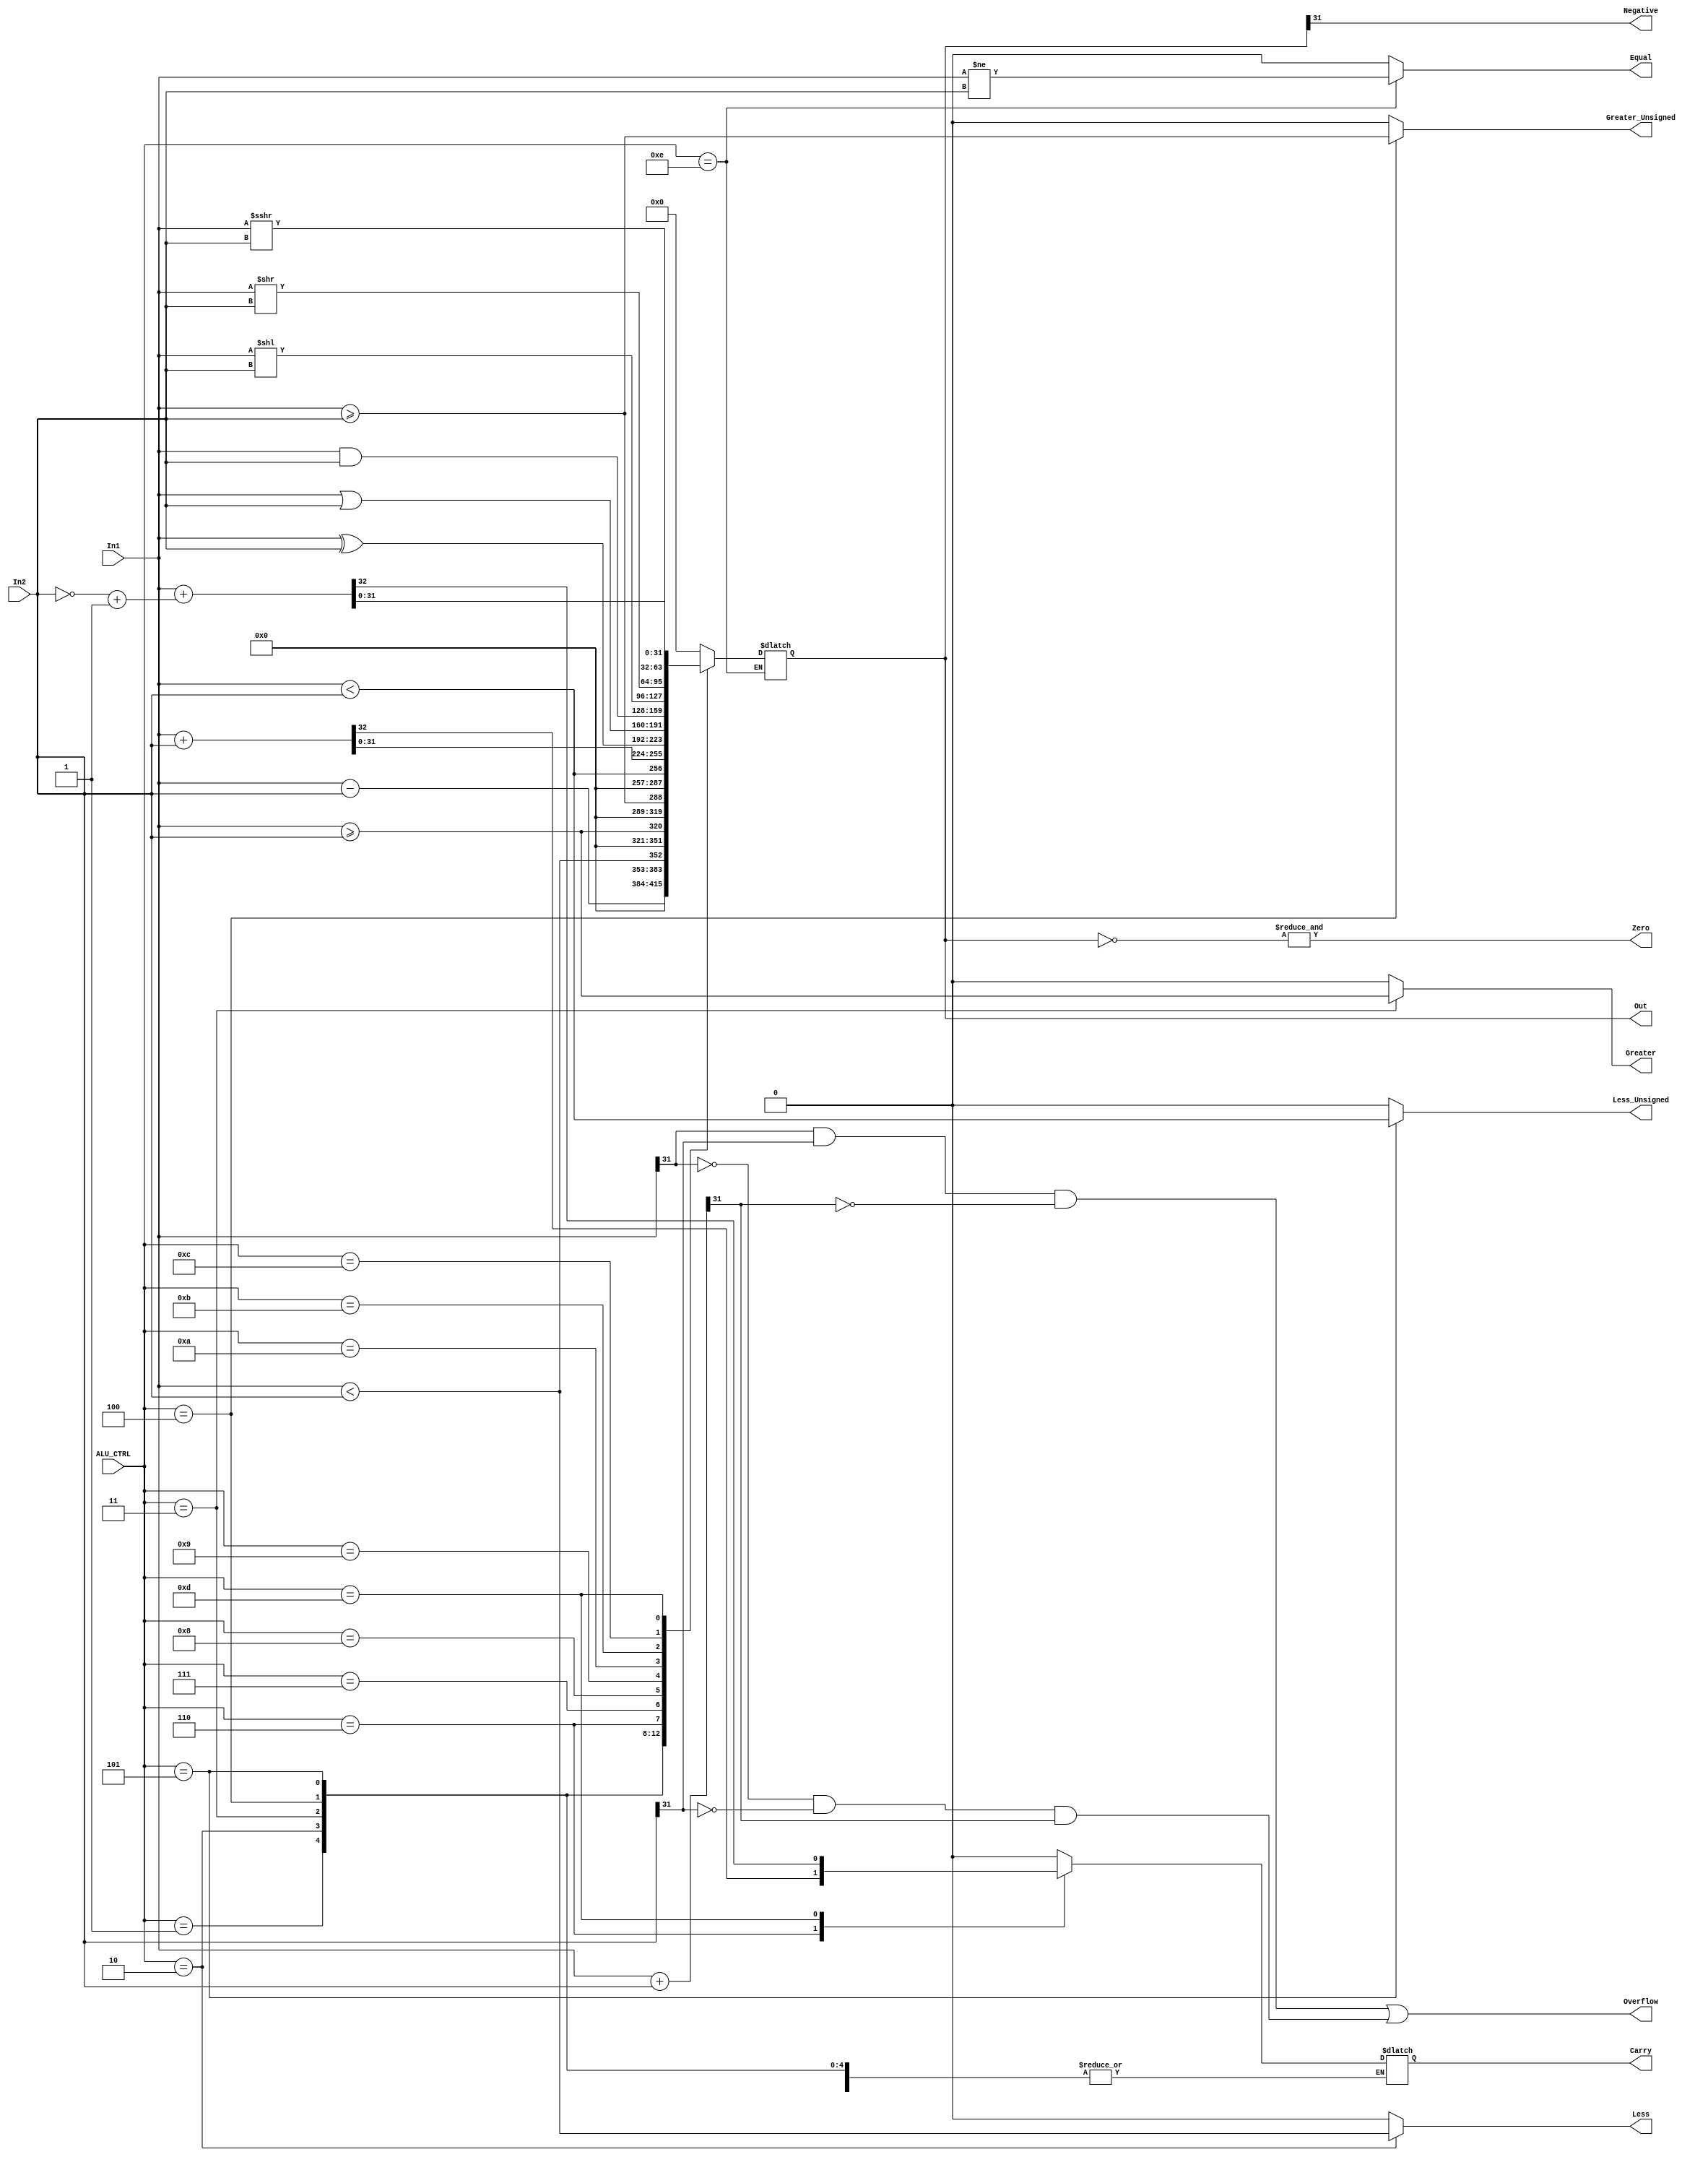
module alu(
    input [31:0]In1,In2,
    input [3:0]ALU_CTRL,
    output reg Greater,Greater_Unsigned,Less,Less_Unsigned,Equal,Overflow,Carry,Negative,
    output wire Zero,
    output reg [31:0]Out);
    reg [31:0]Sum;
    reg [31:0]ShiftRight,ShiftRighta,ShiftLeft;
    wire signed [31:0] In1_signed ;
    wire signed [31:0] In2_signed ;
    assign Zero = &(~Out);
    assign In1_signed = $signed(In1);
    assign In2_signed = $signed(In2);
    always @(*) begin
        Sum = In1 + In2;
        Overflow = (In1[31]&In2[31]&(~Sum[31])) | ((~In1[31])&(~In2[31])&Sum[31]);
        //Zero = &(~Out);
        Negative = Out[31];
        ShiftRight = In1>>In2;
        ShiftRighta = In1_signed>>>In2_signed;
        ShiftLeft = In1<<In2;
        Less =0;
        Greater=0;
        Greater_Unsigned=0;
        Less_Unsigned =0;
        Equal=0;
        //pow = (2**In2 - 1)*(2**(32-In2));
        case (ALU_CTRL)
           4'b0001 : Out = (In1 - In2);
        //     if(In1==In2)
        //     Zero = 1;
        //     else
        //     Zero = 0;
        //    end
           4'b0010 : begin Less = (In1_signed < In2_signed);
                Out=Less;
           end
           4'b0011 : begin
            Greater = (In1_signed >= In2_signed);
           Out=Greater;
           end
           4'b0100 : begin Greater_Unsigned = (In1 >= In2);
           Out=Greater_Unsigned;
           end
           4'b0101 : begin Less_Unsigned = (In1 < In2);
           Out=Less_Unsigned;
           end
           4'b0110 : {Carry,Out}=In1 + In2;
           4'b0111 : {Carry,Out}={{1'b0},{In1 ^ In2}};
           4'b1000 : {Carry,Out}={{1'b0},{In1 | In2}};
           4'b1001 : {Carry,Out}={{1'b0},{In1 & In2}};
           4'b1010 : {Carry,Out}={{1'b0},ShiftLeft};
           4'b1011 : {Carry,Out}={{1'b0},ShiftRight};
           4'b1100 : {Carry,Out}={{1'b0},ShiftRighta};
           4'b1101 : {Carry,Out}=In1 + ((~In2)+1);
           4'b1110 : Equal = (In1 != In2);
        default: {Carry,Out}={33{1'b0}};
        endcase
    end
endmodule